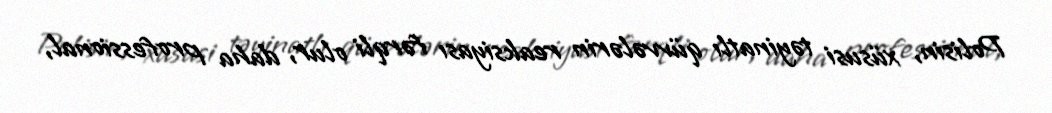
Polisin, xüsusi təyinatlı qüvvələrin reaksiyası fərqli olur, daha professional,